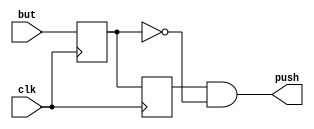
module button
(
    input   clk,
    input   but,
    output  push
);
reg but_r;
reg but_rr;
always @(posedge clk) 
begin
	but_r <= but;
	but_rr <= but_r;
end
assign push = but_rr&~but_r;
endmodule